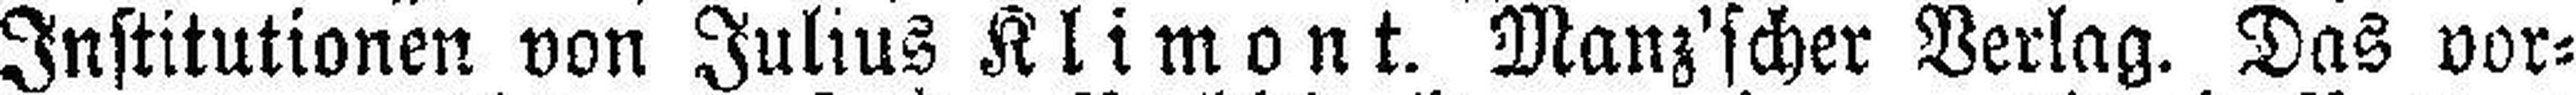
Institutionen von Julius Klimont. Manz'scher Verlag. Das vor¬